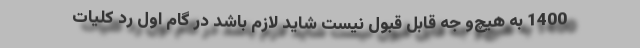
1400 به هیچ‌و جه قابل قبول نیست شاید لازم باشد در گام اول رد کلیات